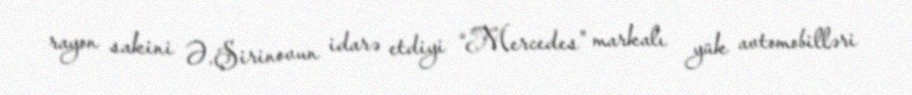
rayon sakini Ə.Şirinovun idarə etdiyi “Mercedes” markalı yük avtomobilləri